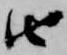
由